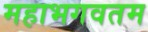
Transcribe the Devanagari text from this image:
महाभगवतम